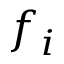
f _ { i }